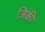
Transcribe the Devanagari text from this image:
जिकी